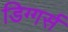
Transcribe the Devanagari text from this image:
डिग्गर्स